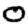
Digit: 0